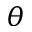
{ \theta }